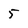
Character: 5